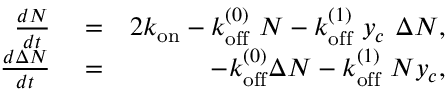
\begin{array} { r l r } { \frac { d N } { d t } } & { { } = } & { 2 k _ { \mathrm { o n } } - k _ { \mathrm { o f f } } ^ { ( 0 ) } \ N - k _ { \mathrm { o f f } } ^ { ( 1 ) } \ y _ { c } \ \Delta N , } \\ { \frac { d \Delta N } { d t } } & { { } = } & { - k _ { \mathrm { o f f } } ^ { ( 0 ) } \Delta N - k _ { \mathrm { o f f } } ^ { ( 1 ) } \ N y _ { c } , } \end{array}